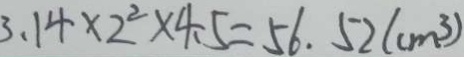
3 . 1 4 \times 2 ^ { 2 } \times 4 . 5 = 5 6 . 5 2 ( c m ^ { 3 } )